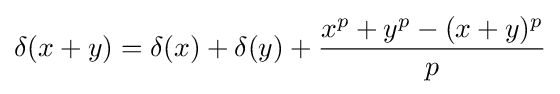
\delta (x+y)=\delta (x)+\delta (y)+{\frac {x^{p}+y^{p}-(x+y)^{p}}{p}}